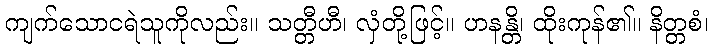
ကျက်သောငရဲသူကိုလည်း။ သတ္တီဟီ၊ လှံတို့ဖြင့်။ ဟနန္တိ၊ ထိုးကုန်၏။ နိတ္တစံ၊